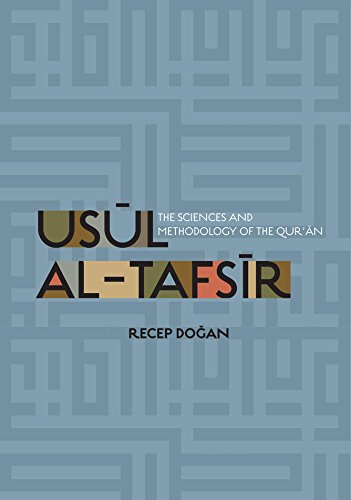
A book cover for Usul al Tafsir: The Sciences and Methodology of the Qur'an; Recep Dogan; Religion & Spirituality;